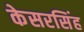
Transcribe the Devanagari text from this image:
केसरसिंह